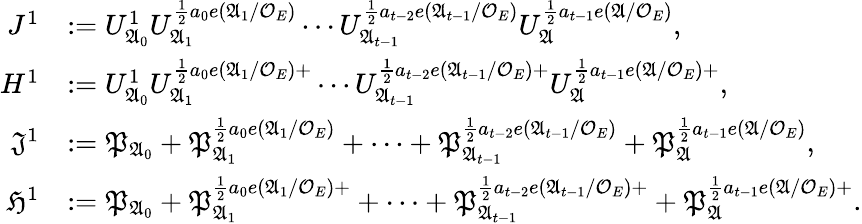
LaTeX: \begin{array}{rl}{J^{1}}&{:=U_{\mathfrak{A}_{0}}^{1}U_{\mathfrak{A}_{1}}^{\frac{1}{2}a_{0}e(\mathfrak{A}_{1}/\mathcal{O}_{E})}\cdots U_{\mathfrak{A}_{t-1}}^{\frac{1}{2}a_{t-2}e(\mathfrak{A}_{t-1}/\mathcal{O}_{E})}U_{\mathfrak{A}}^{\frac{1}{2}a_{t-1}e(\mathfrak{A}/\mathcal{O}_{E})},}\\ {H^{1}}&{:=U_{\mathfrak{A}_{0}}^{1}U_{\mathfrak{A}_{1}}^{\frac{1}{2}a_{0}e(\mathfrak{A}_{1}/\mathcal{O}_{E})+}\cdots U_{\mathfrak{A}_{t-1}}^{\frac{1}{2}a_{t-2}e(\mathfrak{A}_{t-1}/\mathcal{O}_{E})+}U_{\mathfrak{A}}^{\frac{1}{2}a_{t-1}e(\mathfrak{A}/\mathcal{O}_{E})+},}\\ {\mathfrak{J}^{1}}&{:=\mathfrak{P}_{\mathfrak{A}_{0}}+\mathfrak{P}_{\mathfrak{A}_{1}}^{\frac{1}{2}a_{0}e(\mathfrak{A}_{1}/\mathcal{O}_{E})}+\cdots+\mathfrak{P}_{\mathfrak{A}_{t-1}}^{\frac{1}{2}a_{t-2}e(\mathfrak{A}_{t-1}/\mathcal{O}_{E})}+\mathfrak{P}_{\mathfrak{A}}^{\frac{1}{2}a_{t-1}e(\mathfrak{A}/\mathcal{O}_{E})},}\\ {\mathfrak{H}^{1}}&{:=\mathfrak{P}_{\mathfrak{A}_{0}}+\mathfrak{P}_{\mathfrak{A}_{1}}^{\frac{1}{2}a_{0}e(\mathfrak{A}_{1}/\mathcal{O}_{E})+}+\cdots+\mathfrak{P}_{\mathfrak{A}_{t-1}}^{\frac{1}{2}a_{t-2}e(\mathfrak{A}_{t-1}/\mathcal{O}_{E})+}+\mathfrak{P}_{\mathfrak{A}}^{\frac{1}{2}a_{t-1}e(\mathfrak{A}/\mathcal{O}_{E})+}.}\end{array}